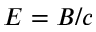
E = B / c